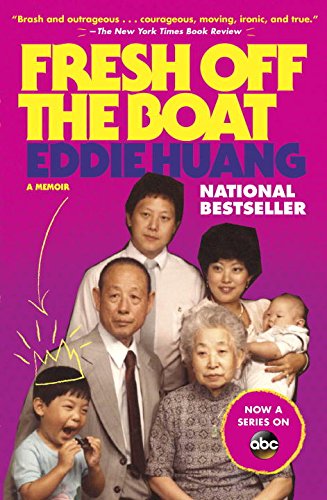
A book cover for Fresh Off the Boat: A Memoir; Eddie Huang; Cookbooks, Food & Wine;